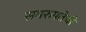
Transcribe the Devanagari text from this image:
समरुपतेची